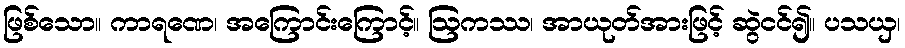
ဖြစ်သော။ ကာရဏေ၊ အကြောင်းကြောင့်။ ဩကဿ၊ အာယုတ်အားဖြင့် ဆွဲငင်၍။ ပသယှ၊